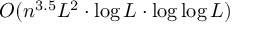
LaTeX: O ( n ^ { 3 . 5 } L ^ { 2 } \cdot \log L \cdot \log \log L )